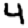
Digit: 4